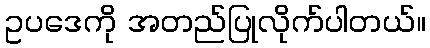
ဥပဒေကို အတည်ပြုလိုက်ပါတယ်။